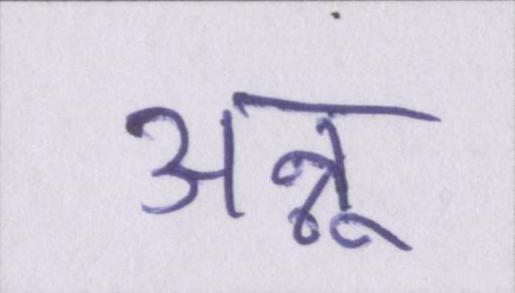
अन्नू